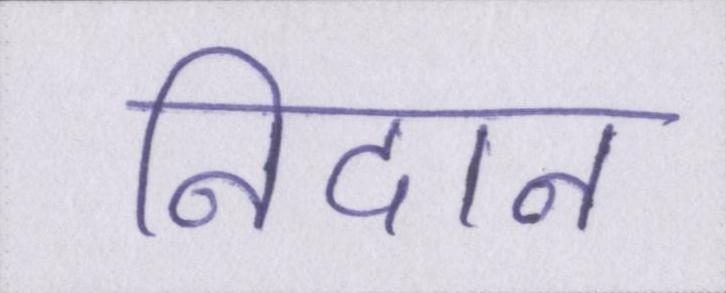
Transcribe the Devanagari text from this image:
निदान